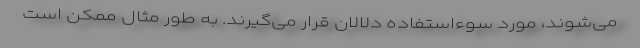
می‌شوند، مورد سوءاستفاده دلالان قرار می‌گیرند. به طور مثال ممکن است